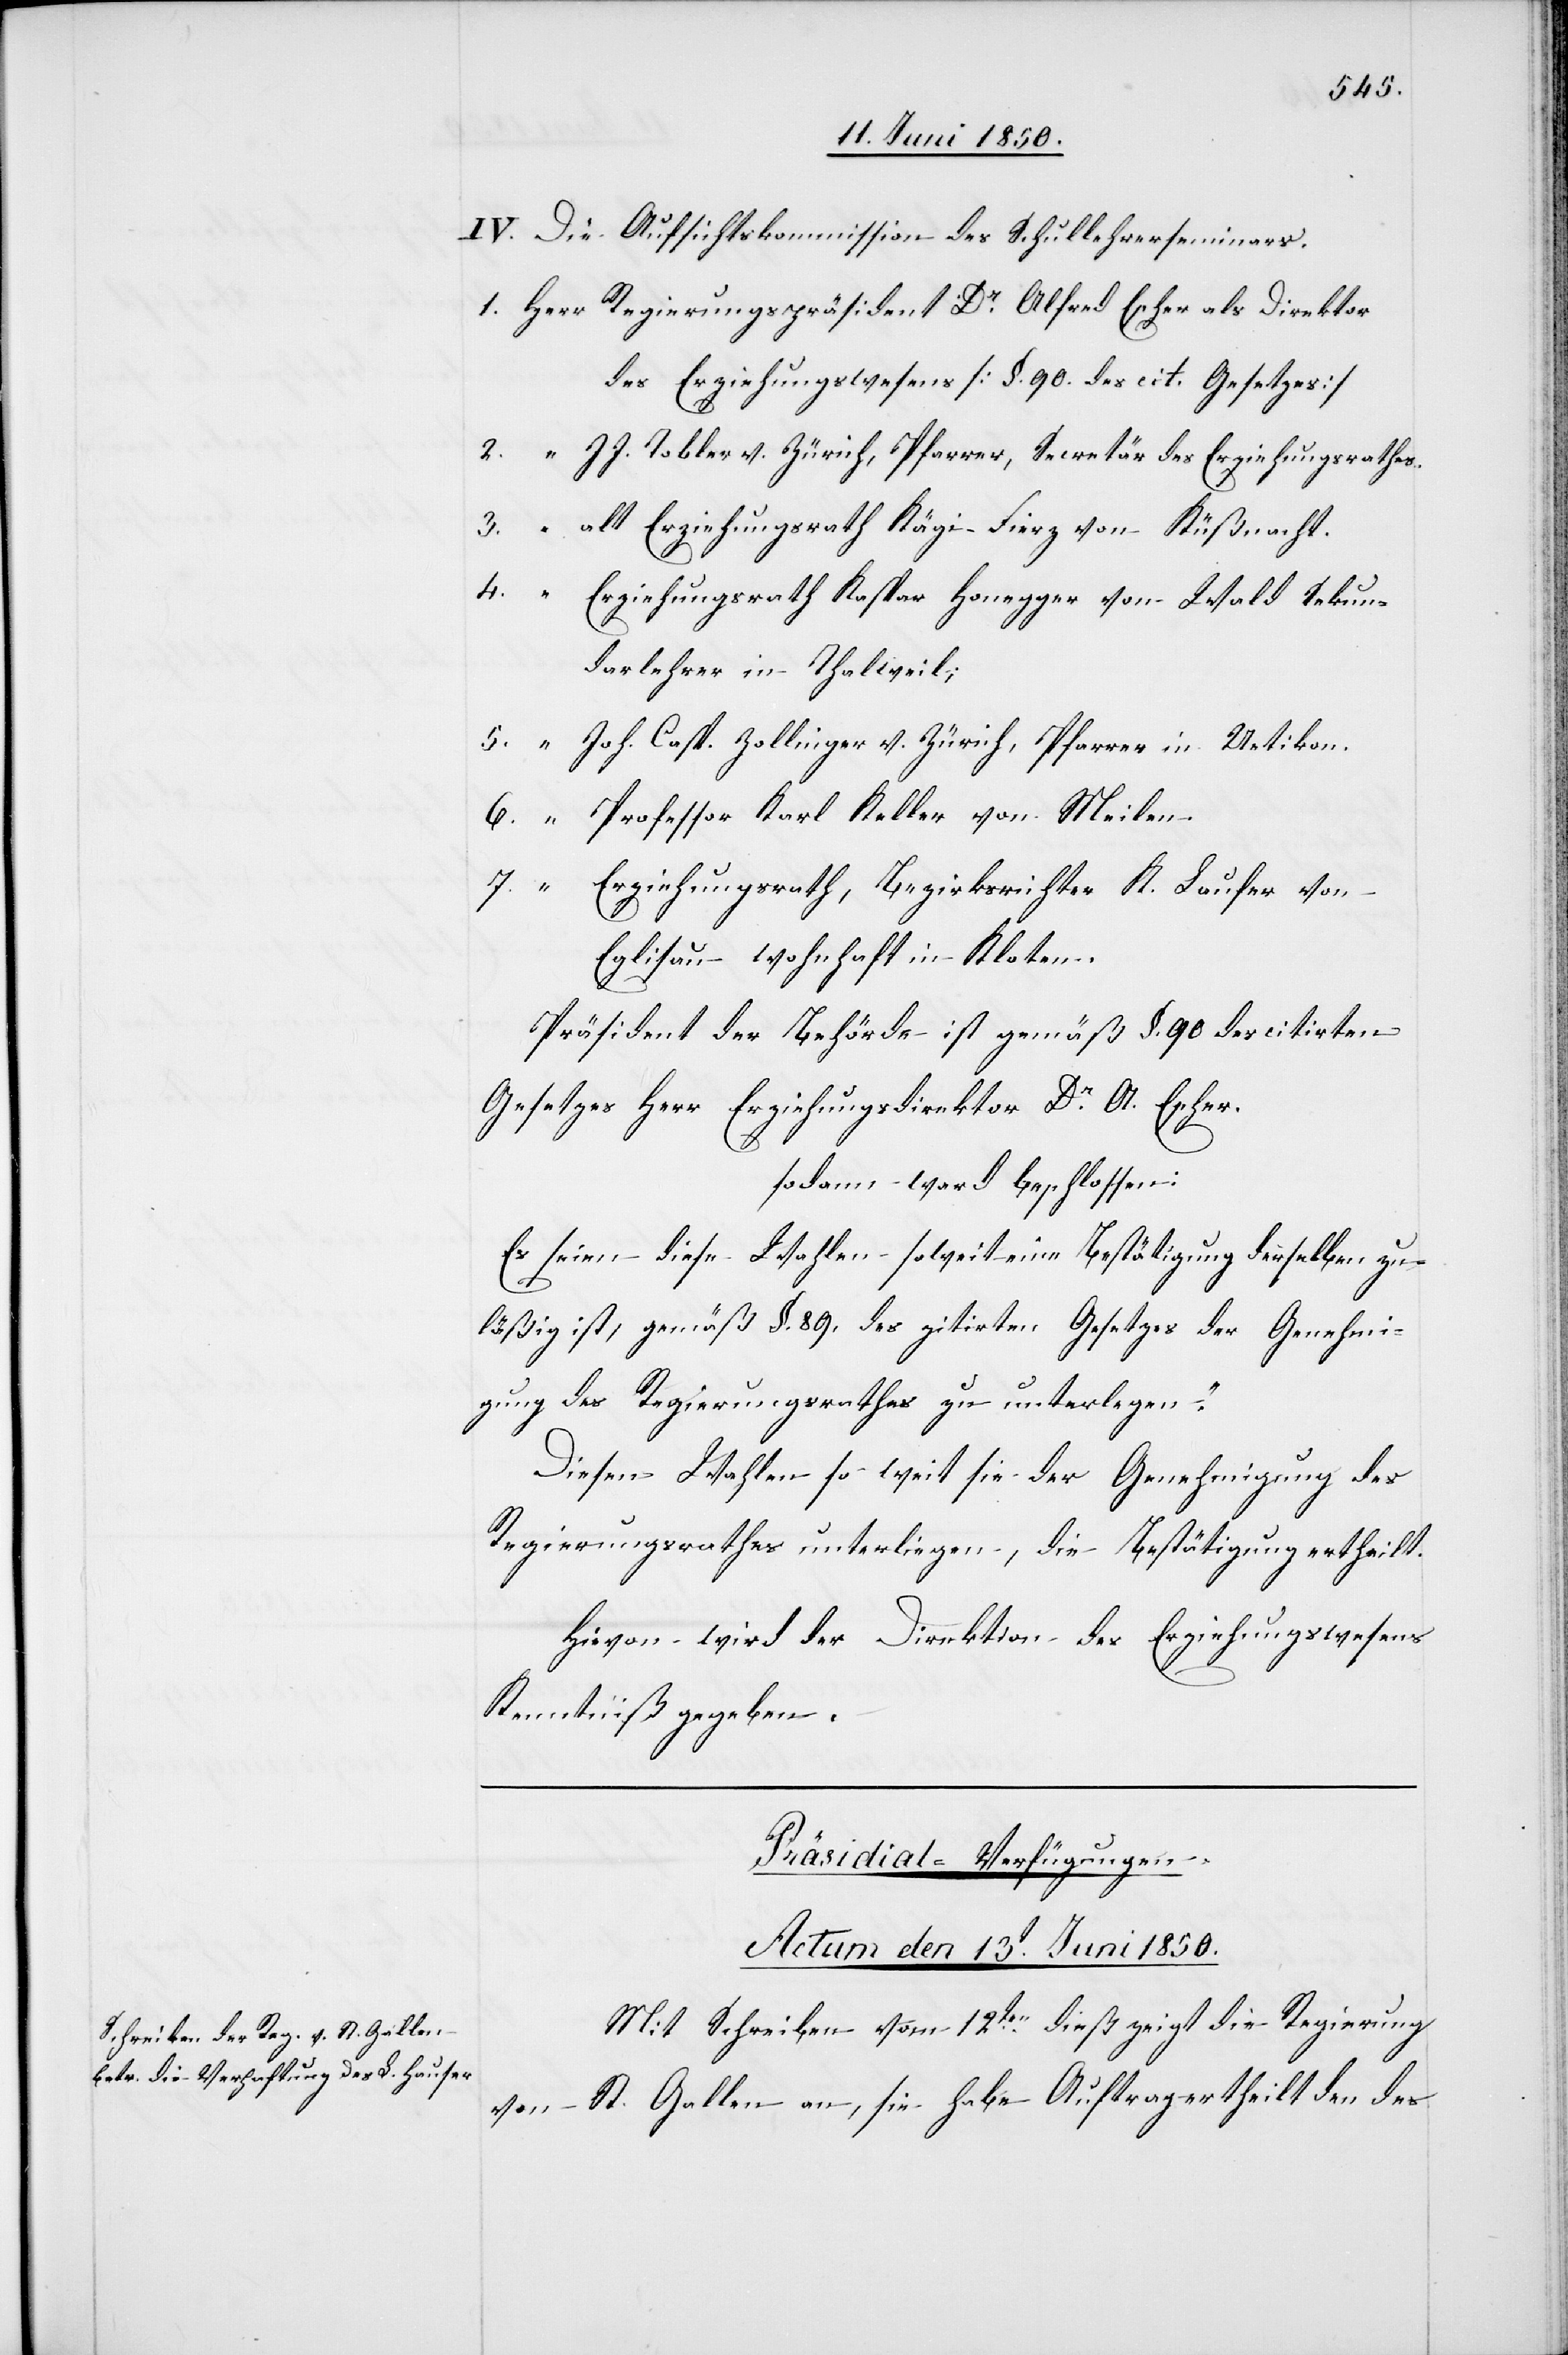
IV. Die Aufsichtskommission des Schullehrerseminars.
1. Herr Regierungspräsident Dr Alfred Escher als Direktor
des Erziehungswesens [§. 90. des cit. Gesetzes]
J. J. Tobler v. Zürich, Pfarrer, Secretär des Erziehungsrathes.
3. “ alt Erziehungsrath Kägi-Fierz von Küßnacht.
4. “
Erziehungsrath Kaspar Honegger von Wald Sekun¬
darlehrer in Thalweil;
5. “ Joh. Casp. Zollinger v. Zürich, Pfarrer in Uetikon.
6. “ Professor Karl Keller von Meilen.
7. “ Erziehungsrath, Bezirksrichter K. Laufer von
Eglisau wohnhaft in Kloten.
Präsident der Behörde ist gemäß §. 90 des citirten
Gesetzes Herr Erziehungsdirektor Dr A. Escher.
sodann ward beschlossen:
Es seien diese Wahlen soweit eine Bestätigung derselben zu¬
läßig ist, gemäß §. 89. des zitirten Gesetzes der Genehmi¬
gung des Regierungsrathes zu unterlegen.“
Diesen Wahlen [ist] so weit sie der Genehmigung des
Regierungsrathes unterliegen, die Bestätigung ertheilt.
Hievon wird der Direktion des Erziehungswesens
Kenntniß gegeben.
Präsidial-Verfügungen.
Actum den 13t Juni 1850.
Mit Schreiben vom 12ten dieß zeigt die Regierung
von St. Gallen an, sie habe Auftrag ertheilt den des